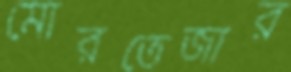
মোরতেজার